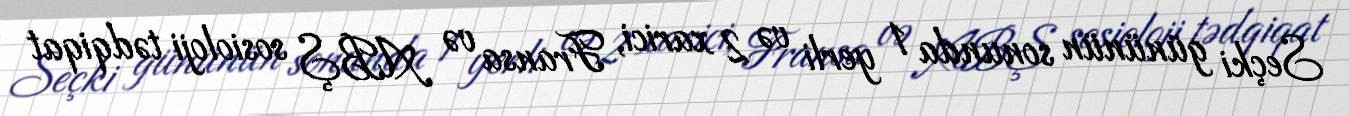
Seçki gününün sonunda 1 yerli və 2 xarici, Fransa və ABŞ sosioloji tədqiqat